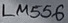
Text: LM556